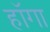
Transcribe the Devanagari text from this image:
हॉगा